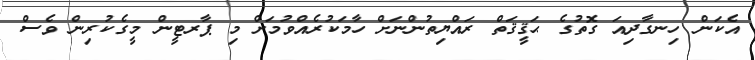
އެކަން ހިނގާދިއަ ގޮތުގެ ޙަޤީޤަތް ރައްޔިތުންނަށް ހާމަކުރެއްވުމަށް މި ޕާރޓީން މީގެކުރިން ވެސް